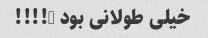
خیلی طولانی بود …!!!!